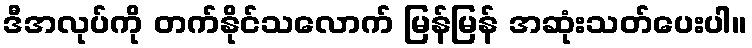
ဒီအလုပ်ကို တက်နိုင်သလောက် မြန်မြန် အဆုံးသတ်ပေးပါ။